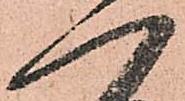
一